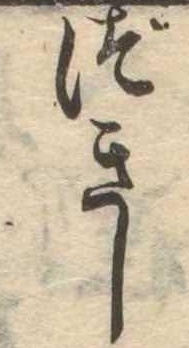
づきし